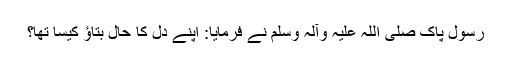
رسول پاک صلی اللہ علیہ وآلہ وسلم نے فرمایا: اپنے دل کا حال بتاؤ کیسا تھا؟